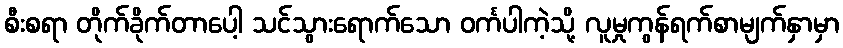
စီးစရာ တိုက်ခိုက်တာပေါ့ သင်သွားရောက်သော ဝင်္ကပါကဲ့သို့ လူမှုကွန်ရက်စာမျက်နှာမှာ